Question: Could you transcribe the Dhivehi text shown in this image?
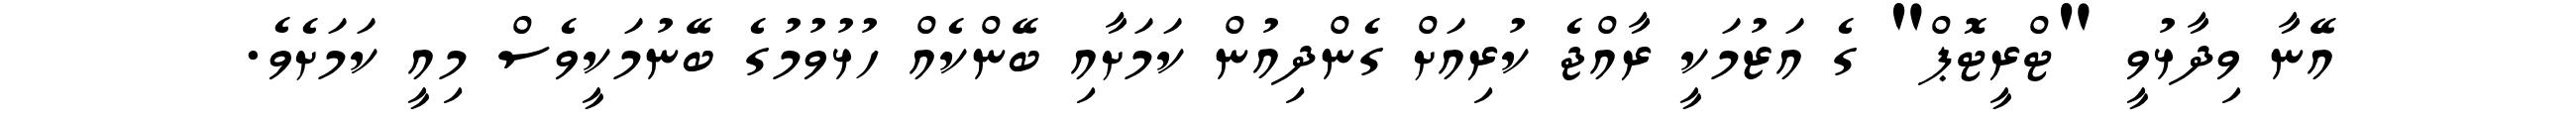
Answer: އޭނާ ވިދާޅުވީ "ޓްރީޓޮޕް" ގެ އަޒުމަކީ ރާއްޖެ ކުރިއަށް ގެންދިއުން ކަމަށާއި ބޭންކެއް ހުޅުވުމުގެ ބޭނުމަކީވެސް މިއީ ކަމަށެވެ.